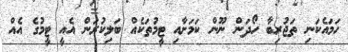
ހަމައެކަނި ތަޖުރިބާ ހޯދަން ނޫން ކަމަށާއި ޓީމުތަކެއް ބަލިކުރަން އެއީ ޓީމުގެ އެއް